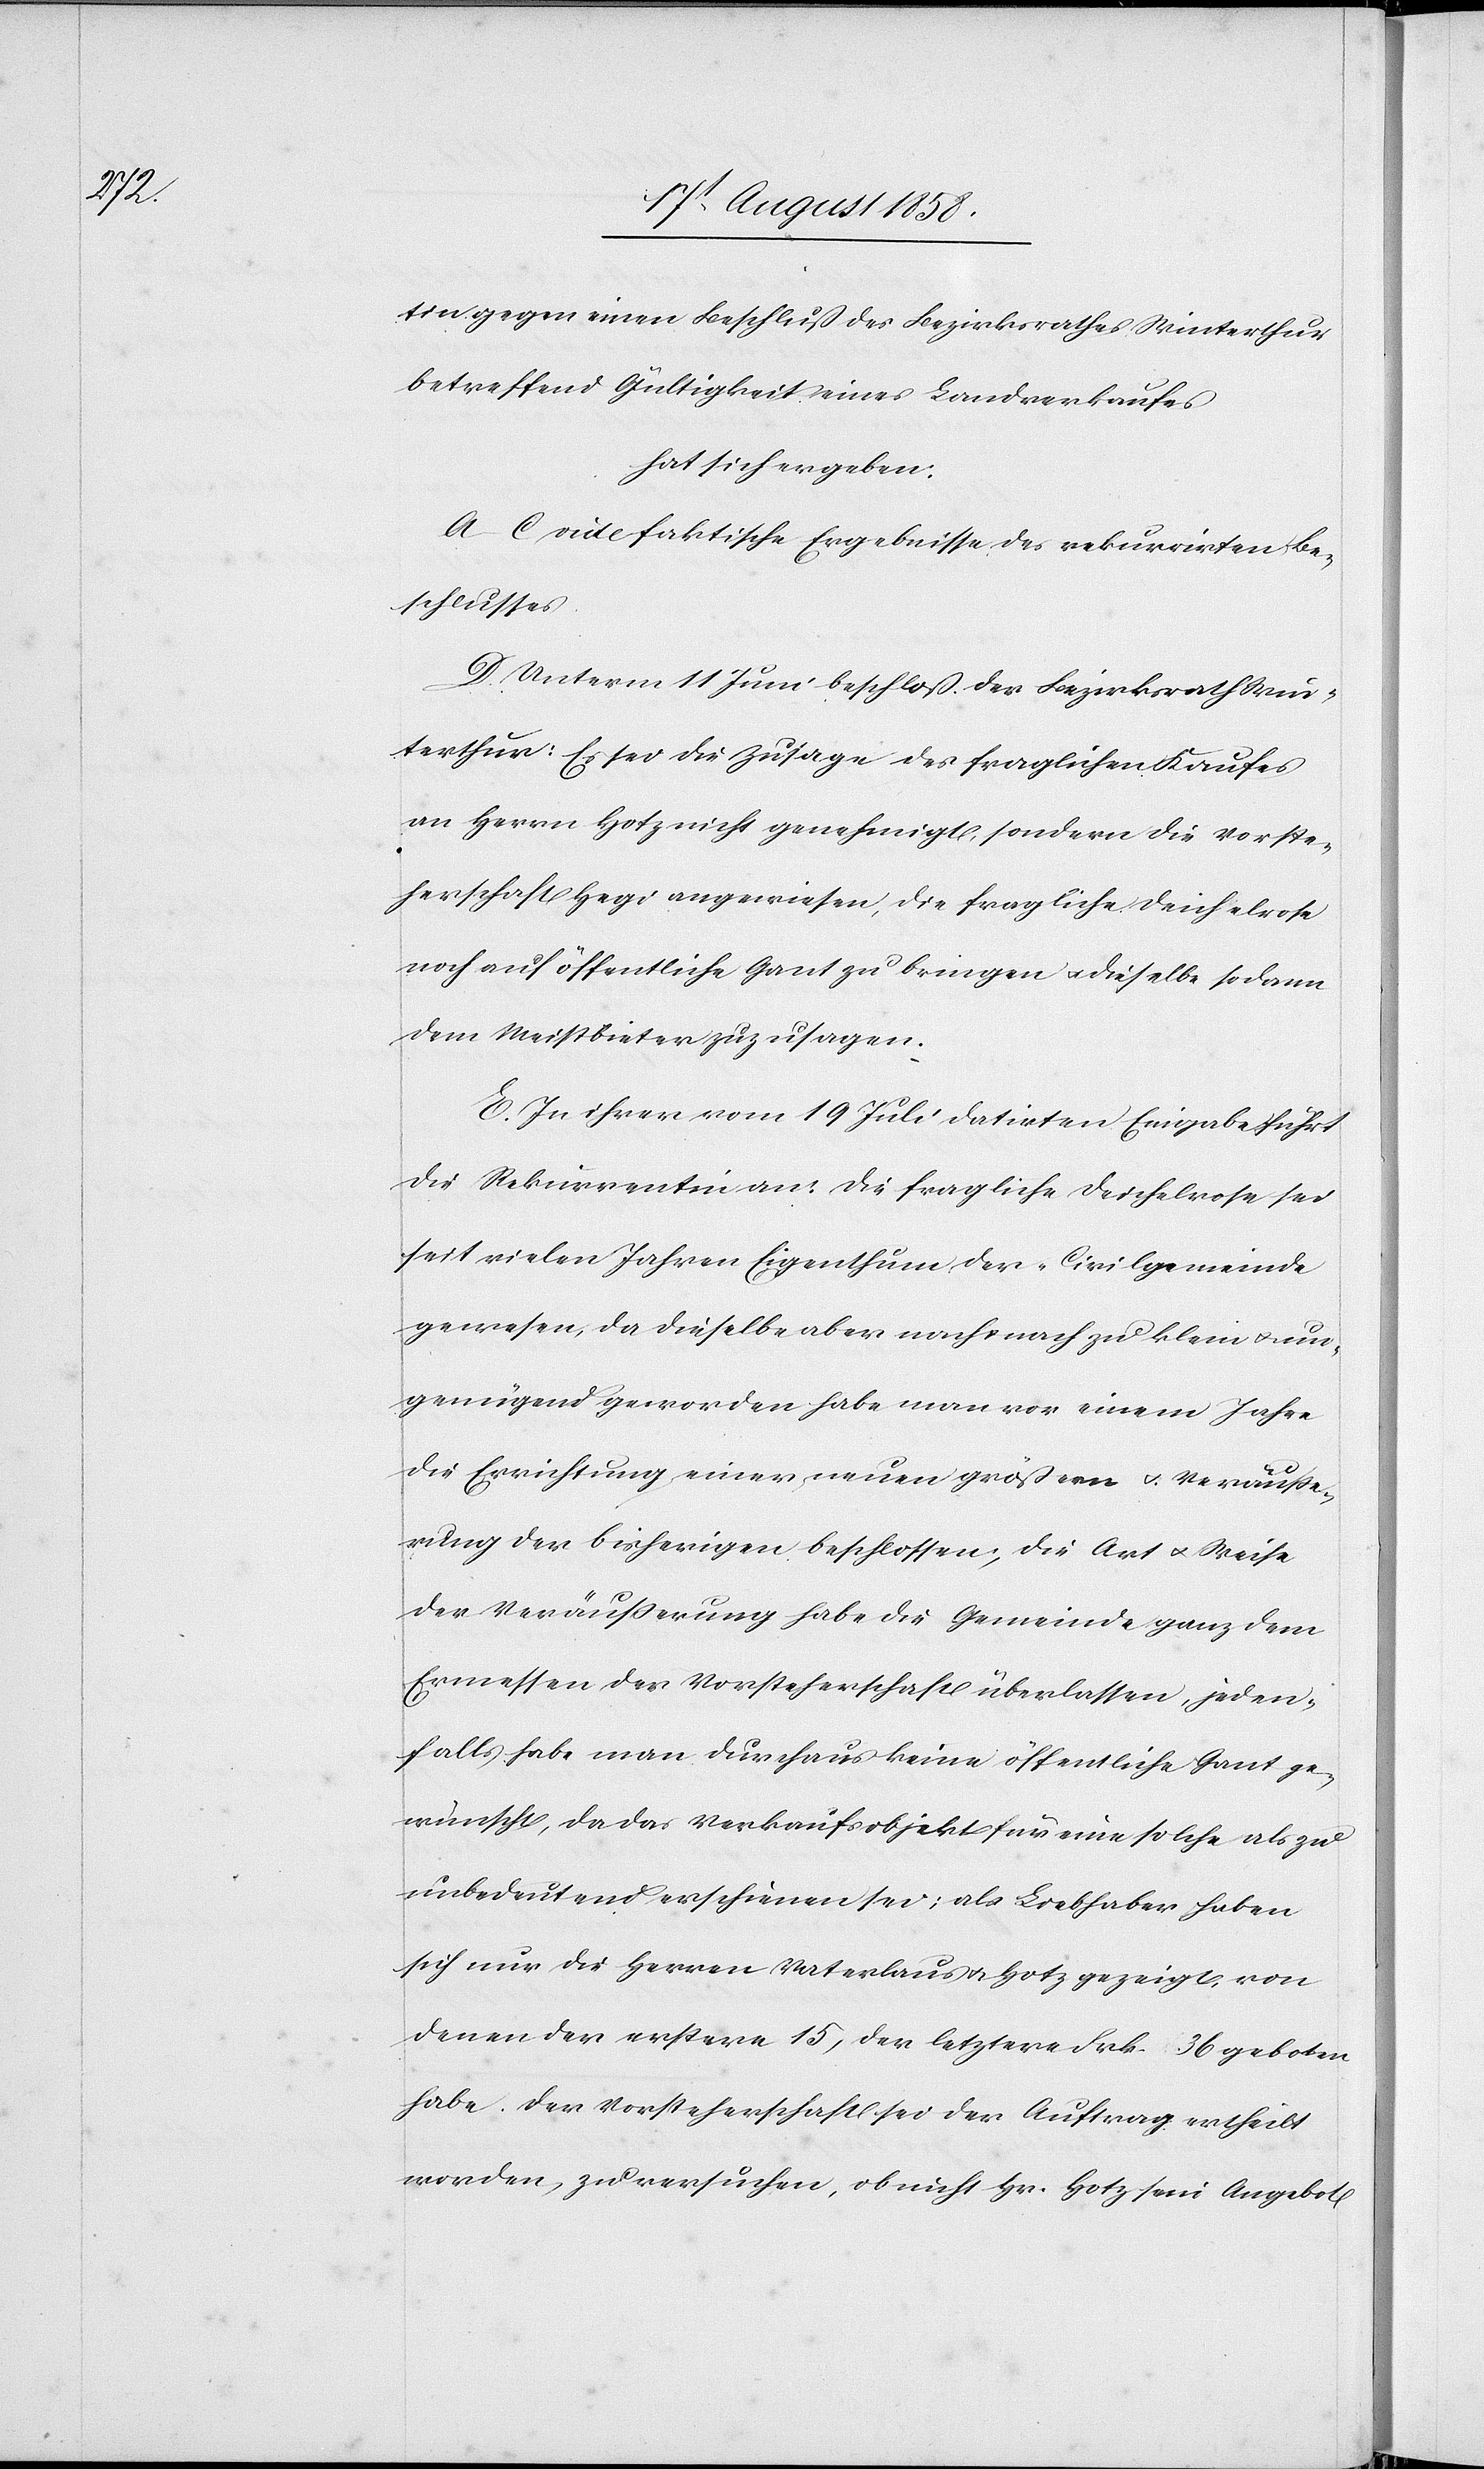
tin gegen einen Beschluß des Bezirksrathes Winterthur
betreffend Gültigkeit eines Landverkaufes
hat sich ergeben:
A–C vide faktische Ergebnisse des rekurrirten Be¬
schlusses.
D. Unterm 11 Juni beschloß der Bezirksrath Win¬
terthur: Es sei die Zusage des fraglichen Kaufes
an Herrn Hotz nicht genehmigt, sondern die Vorste¬
herschaft Hegi angewiesen, die fragliche Deichelrose
noch auf öffentliche Gant zu bringen & dieselbe sodann
dem Meistbieter zuzusagen.
E. In ihrer vom 19 Juli datirten Eingabe führt
die Rekurrentin an: Die fragliche Deichelrose sei
seit vielen Jahren Eigenthum der Civilgemeinde
gewesen, da dieselbe aber nach & nach zu klein & un¬
genügend geworden habe man vor einem Jahre
die Errichtung einer neuen größern & Veräuße¬
rung der bisherigen beschlossen; die Art & Weise
der Veräusserung habe die Gemeinde ganz dem
Ermessen der Vorsteherschaft überlassen, jeden¬
falls habe man durchaus keine öffentliche Gant ge¬
wünscht, da das Verkaufsobjekt für eine solche als zu
unbedeutend erschienen sei; als Liebhaber haben
sich nur die Herren Vaterlaus & Hotz gezeigt, von
denen der erstere 15, der letztere Frk. 36 geboten
habe. Der Vorsteherschaft sei der Auftrag ertheilt
worden, zu versuchen, ob nicht Hr. Hotz sein Angebot